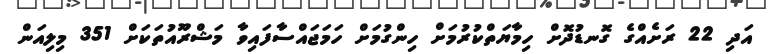
އަދި 22 ރަށެއްގެ ގޮނޑުދޮށް ހިމާޔަތްކުރުމަށް ހިންގުމަށް ހަމަޖައްސާފައިވާ މަޝްރޫއުތަކަށް 351 މިލިއަން